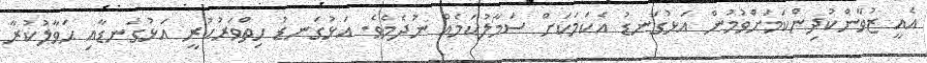
އެއީ ޒުވާންކުދިންކަމަށްވުމުން އަޅުގަނޑު އެކަމަކަށް ސަމާލުކަމެއް ނުދެމެވެ. އަޅުގަނޑު ހިތްވަރުކުރީ އަޅުގަނޑާއި ޙަވާލުކުރާ